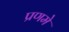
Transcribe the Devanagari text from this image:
प्रणमे